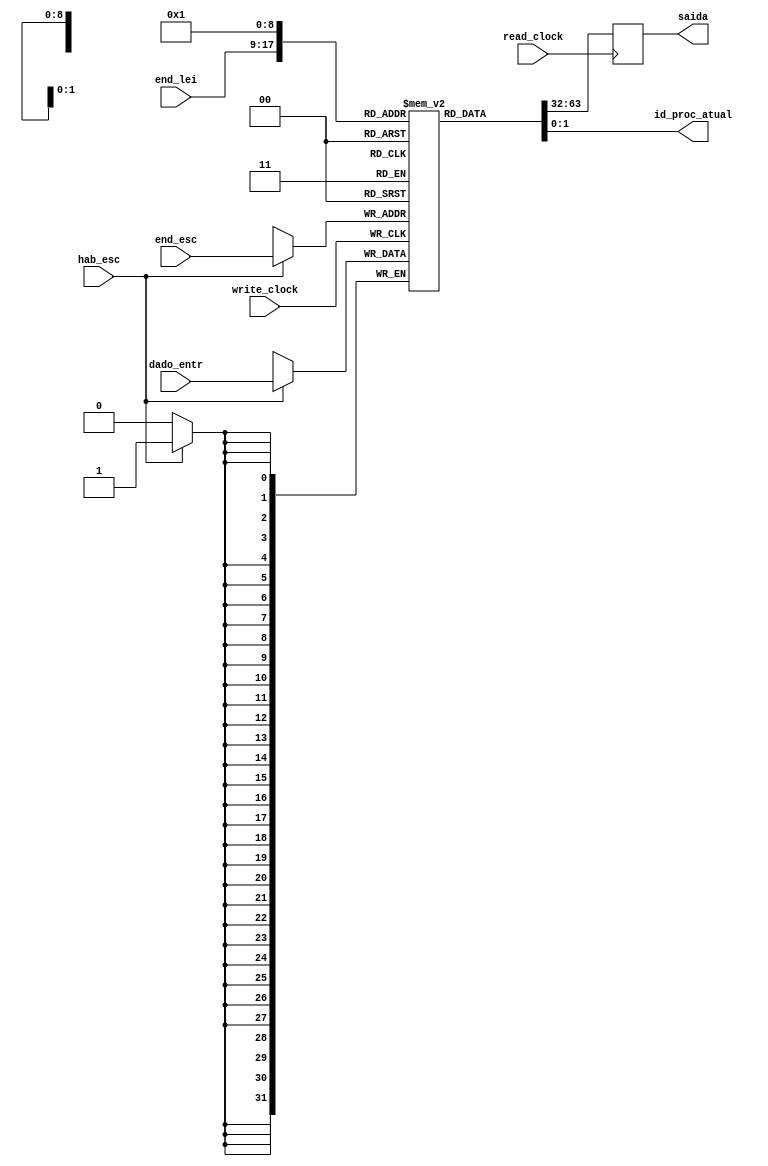
module mem_dados_dual
#(parameter DATA_WIDTH=32, parameter ADDR_WIDTH=9)
(
	//memoria com 512 slots de 32 bits
	input [(DATA_WIDTH-1):0] dado_entr,
	input [(ADDR_WIDTH-1):0] end_lei, end_esc,
	input hab_esc, read_clock, write_clock,
	output reg [(DATA_WIDTH-1):0] saida,
	output [1:0] id_proc_atual
);
	
	// Declara a RAM de dados
	reg [DATA_WIDTH-1:0] ram[2**ADDR_WIDTH-1:0];
	
	always @ (posedge write_clock)
	begin
		// Escrita
		if (hab_esc)
			ram[end_esc] <= dado_entr;
	end
	
	always @ (posedge read_clock)
	begin
		// Leitura
		saida <= ram[end_lei];
	end
	
	assign id_proc_atual = ram[1];
	
endmodule